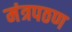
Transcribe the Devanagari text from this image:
मंत्रपठण